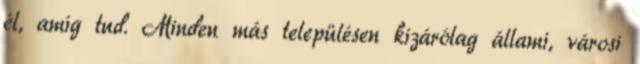
él, amíg tud. Minden más településen kizárólag állami, városi